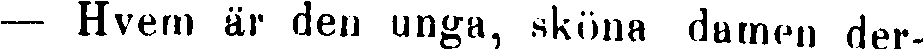
— Hvem är den unga, sköna damen der-